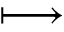
\longmapsto